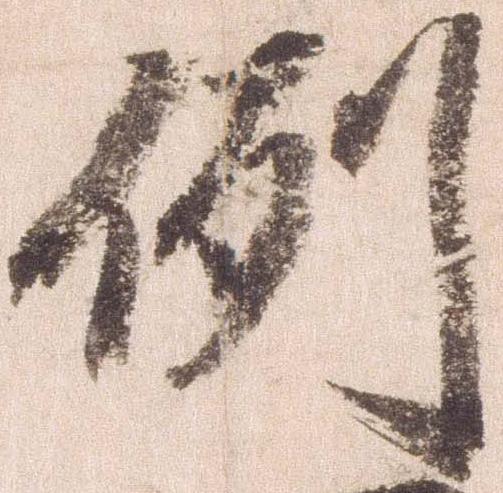
例